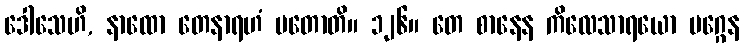
ဒေါသေဟိ, နာထော တေနာရဟံ မတောတိ။ ၁၂၆။ တေ စာနေန ကိလေသာရယော မဂ္ဂေန